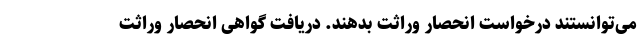
می‌توانستند درخواست انحصار وراثت بدهند. دریافت گواهی انحصار وراثت